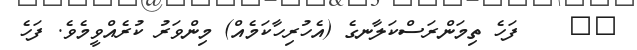
٢٣    ފަހެ ތިމަންރަސްކަލާނގެ (އެހުރިހާކަމެއް) މިންވަރު ކުރެއްވީމެވެ. ފަހެ